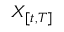
X _ { [ t , T ] }